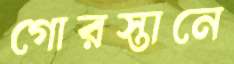
গোরস্তানে